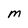
Character: m